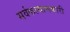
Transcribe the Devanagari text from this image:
सर्वकल्याणकारी